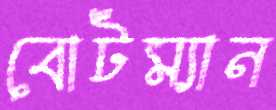
বোটম্যান